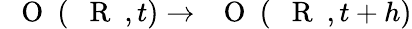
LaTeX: \mathrm{~{~\mathbf~O~}~}(\mathrm{~{~\mathbf~R~}~},t)\to\mathrm{~{~\mathbf~O~}~}(\mathrm{~{~\mathbf~R~}~},t+h)